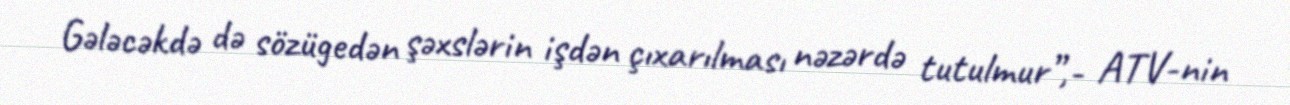
Gələcəkdə də sözügedən şəxslərin işdən çıxarılması nəzərdə tutulmur”,- ATV-nin